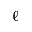
\ell